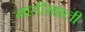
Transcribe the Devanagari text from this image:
गाडीखाली